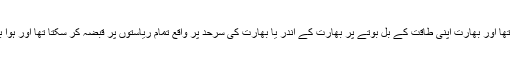
یہ فیصلہ مُبہم تھا اور بھارت اپنی طاقت کے بل بوتے پر بھارت کے اندر یا بھارت کی سرحد پر واقع تمام ریاستوں پر قبضہ کر سکتا تھا اور ہوا بھی ایسے ہی ۔